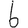
Digit: 6